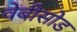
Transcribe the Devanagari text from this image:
वेबीसोड